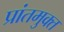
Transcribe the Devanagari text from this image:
प्रांतमुक्त